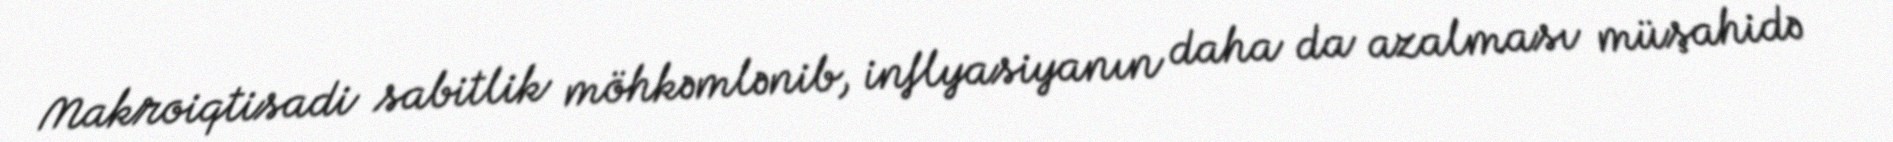
Makroiqtisadi sabitlik möhkəmlənib, inflyasiyanın daha da azalması müşahidə